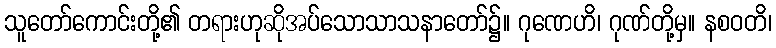
သူတော်ကောင်းတို့၏ တရားဟုဆိုအပ်သောသာသနာတော်၌။ ဂုဏေဟိ၊ ဂုဏ်တို့မှ။ နစဝတိ၊